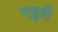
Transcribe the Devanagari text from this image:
मइरी